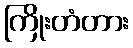
ကြိုးတံတား